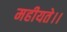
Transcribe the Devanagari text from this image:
महीयते।।